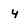
Character: Y